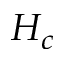
H _ { c }